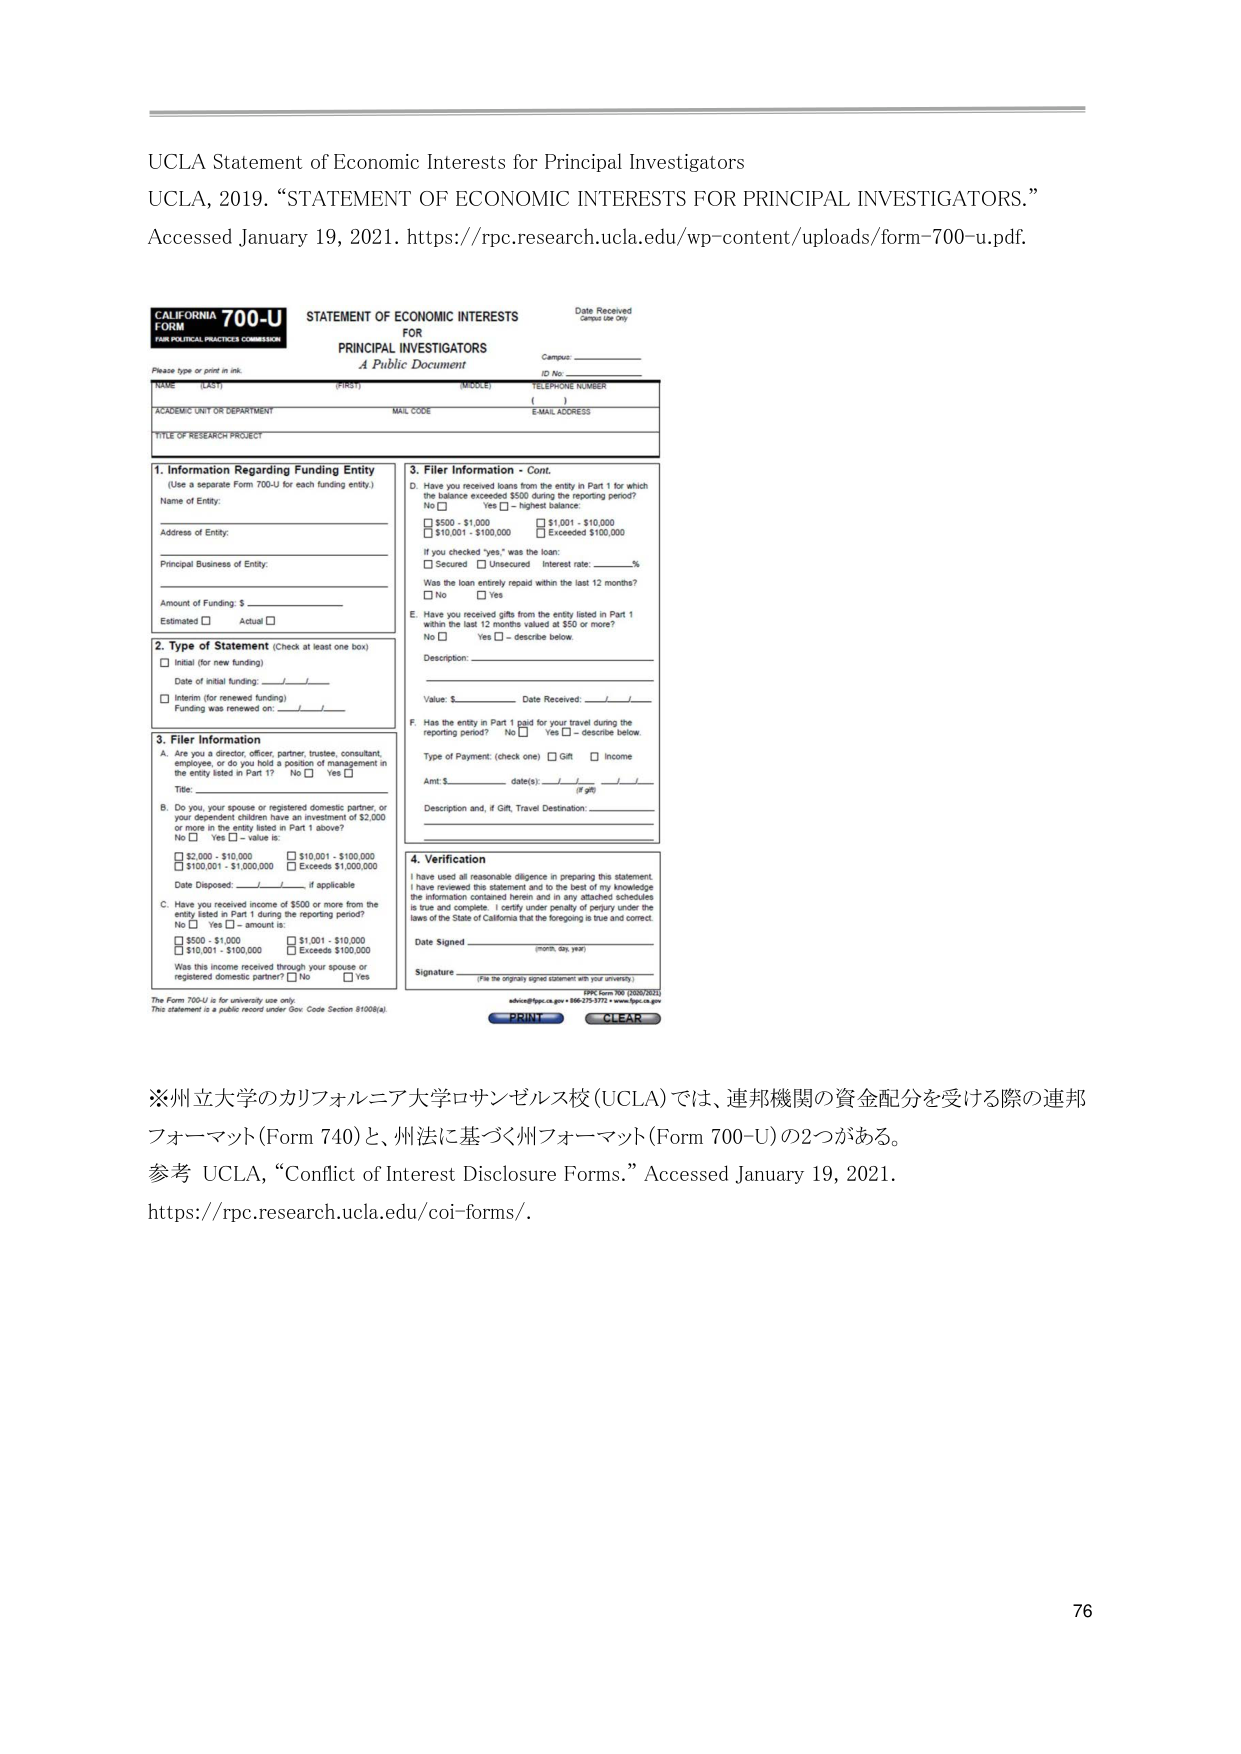
UCLA Statement of Economic Interests for Principal Investigators
UCLA, 2019. “STATEMENT OF ECONOMIC INTERESTS FOR PRINCIPAL INVESTIGATORS.”
Accessed January 19, 2021. https://rpc.research.ucla.edu/wp-content/uploads/form-700-u.pdf.

CALIFORNIA 700-U FORM
FAIR POLITICAL PRACTICES COMMISSION
STATEMENT OF ECONOMIC INTERESTS
FOR
PRINCIPAL INVESTIGATORS
A Public Document

Date Received
Campus Use Only
Campus: ____________
ID No: ____________

Please type or print in ink.
NAME (LAST) ____________ (FIRST) ____________ (MIDDLE) ____________
TELEPHONE NUMBER ( ) ____________
ACADEMIC UNIT OR DEPARTMENT ____________ MAIL CODE ____________ EMAIL ADDRESS ____________
TITLE OF RESEARCH PROJECT ____________

1. Information Regarding Funding Entity
(Use a separate Form 700-U for each funding entity.)
Name of Entity: ____________
Address of Entity: ____________
Principal Business of Entity: ____________
Amount of Funding: $ ____________
Estimated □ Actual □

2. Type of Statement (Check at least one box)
□ Initial (for new funding)
Date of initial funding: __ / __ / __
□ Interim (for renewed funding)
Funding was renewed on: __ / __ / __

3. Filer Information
A. Are you a director, officer, partner, trustee, consultant, employee, or do you hold a position of management in the entity listed in Part 1?
No □ Yes □
Title: ____________

B. Do you, your spouse or registered domestic partner, or your dependent children have an investment of $2,000 or more in the entity listed in Part 1 above?
No □ Yes □ – value is:
□ $2,000 - $10,000 □ $10,001 - $100,000
□ $100,001 - $1,000,000 □ Exceeds $1,000,000
Date Disposed: __ / __ / __ if applicable

C. Have you received income of $500 or more from the entity listed in Part 1 during the reporting period?
No □ Yes □ – amount is:
□ $500 - $1,000 □ $1,001 - $10,000
□ $10,001 - $100,000 □ Exceeds $100,000
Was this income received through your spouse or registered domestic partner? No □ Yes □

3. Filer Information - Cont.
D. Have you received loans from the entity in Part 1 for which the balance exceeded $500 during the reporting period?
No □ Yes □ – highest balance:
□ $500 - $1,000 □ $1,001 - $10,000
□ $10,001 - $100,000 □ Exceeded $100,000
If you checked “yes,” was the loan:
□ Secured □ Unsecured Interest rate: ____%
Was the loan entirely repaid within the last 12 months?
No □ Yes □

E. Have you received gifts from the entity listed in Part 1 within the last 12 months valued at $50 or more?
No □ Yes □ – describe below:
Description: ____________
Value: $ ____________ Date Received: __ / __ / __

F. Has the entity in Part 1 paid for your travel during the reporting period?
No □ Yes □ – describe below:
Type of Payment: (check one) □ Gift □ Income
Amt: $ ____________ date(s): __ / __ / __ (if gift)
Description and, if Gift, Travel Destination: ____________

4. Verification
I have used all reasonable diligence in preparing this statement. I have reviewed this statement and to the best of my knowledge the information contained herein and in any attached schedules is true and complete. I certify under penalty of perjury under the laws of the State of California that the foregoing is true and correct.
Date Signed ____________ (month, day, year)
Signature ____________ (File the originally signed statement with your university)

FPPC Form 700-U (03/02/2021)
advice@fppc.ca.gov • 866-275-3772 • www.fppc.ca.gov

PRINT CLEAR

※州立大学のカリフォルニア大学ロサンゼルス校 (UCLA) では、連邦機関の資金配分を受ける際の連邦フォーマット (Form 740) と、州法に基づく州フォーマット (Form 700-U) の2つがある。
参考 UCLA, “Conflict of Interest Disclosure Forms.” Accessed January 19, 2021.
https://rpc.research.ucla.edu/coi-forms/.

76